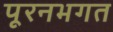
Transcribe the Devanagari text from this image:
पूरनभगत